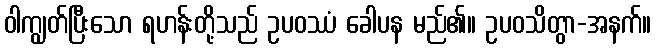
ဝါကျွတ်ပြီးသော ရဟန်းတို့သည် ဥပဝဿံ ခေါပန မည်၏။ ဥပဝသိတွာ-အနက်။